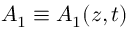
A _ { 1 } \equiv A _ { 1 } ( z , t )